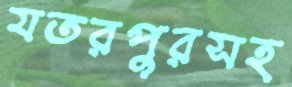
যতরপুরসহ